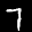
Digit: 7